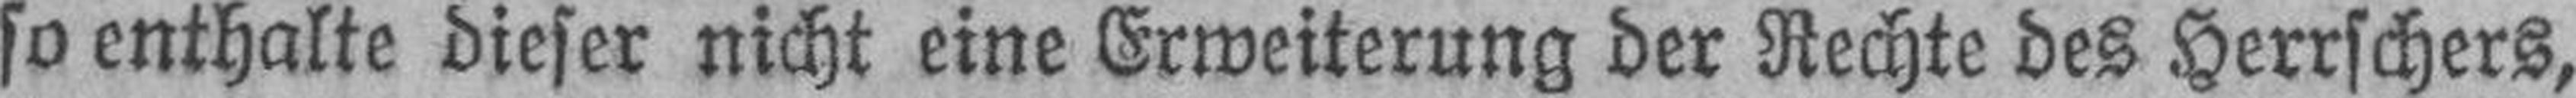
so enthalte dieser nicht eine Erweiterung der Rechte des Herrschers,